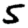
Digit: 5